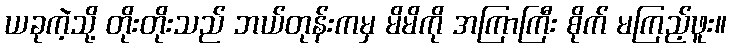
ယခုကဲ့သို့ တိုးတိုးသည် ဘယ်တုန်းကမှ မိမိကို အကြာကြီး စိုက် မကြည့်ဖူး။